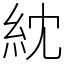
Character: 紞